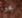
مجبرة